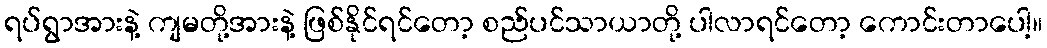
ရပ်ရွာအားနဲ့ ကျမတို့အားနဲ့ ဖြစ်နိုင်ရင်တော့ စည်ပင်သာယာတို့ ပါလာရင်တော့ ကောင်းတာပေါ့။